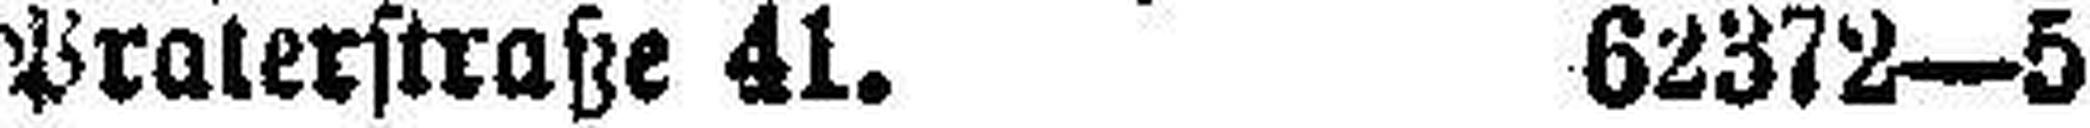
Praterstraße 41. 62372—5